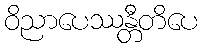
ဝိညာပေဿန္တီတိပေ